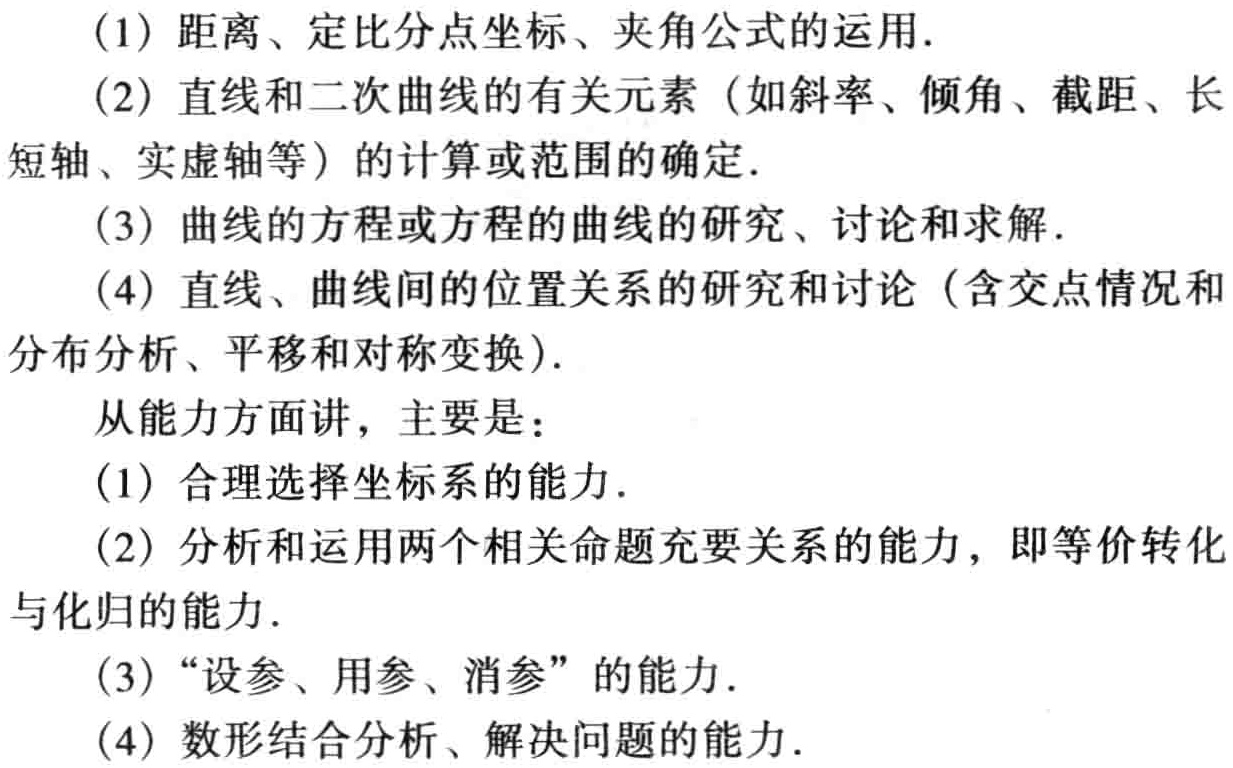
(1) 距离、定比 分点坐标、夹角公式的运用.

(2) 直线和二次曲线的有关元素（如斜率、倾角、截距、长短轴、实虚轴等）的计算或范围的确定.

(3) 曲线的方程或方程的曲线的研究、讨论和求解.

(4) 直线、曲线间的位置关系的研究和讨论（含交点情况和分布分析、平移和对称变换）.

从能力方面讲，主要是：

(1) 合理选择坐标系的能力.

(2) 分析和运用两个相关命题充要关系的能力，即等价转化与化归的能力.

(3) “设参、用参、消参” 的能力.

(4) 数形结合分析、解决问题的能力.